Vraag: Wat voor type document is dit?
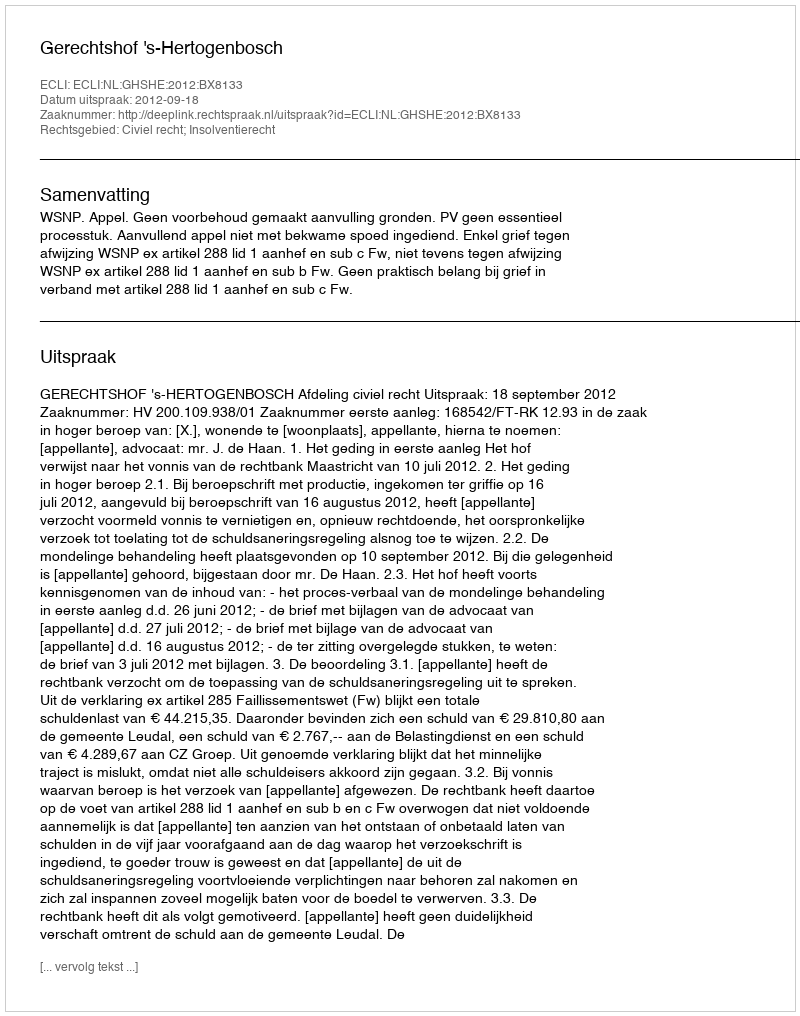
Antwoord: Uitspraak